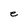
Character: e